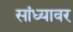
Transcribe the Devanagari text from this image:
सांध्यावर